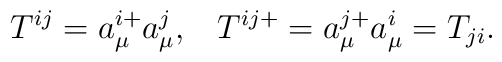
T^{ij}=a^{i+}_\mu a^j_\mu,\;\;\;T^{ij+}=a^{j+}_\mu a^{i}_\mu=T_{ji}.